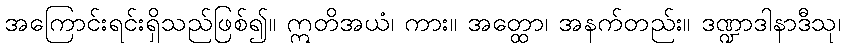
အကြောင်းရင်းရှိသည်ဖြစ်၍။ ဣတိအယံ၊ ကား။ အတ္ထော၊ အနက်တည်း။ ဒဏ္ဍာဒါနာဒီသု၊